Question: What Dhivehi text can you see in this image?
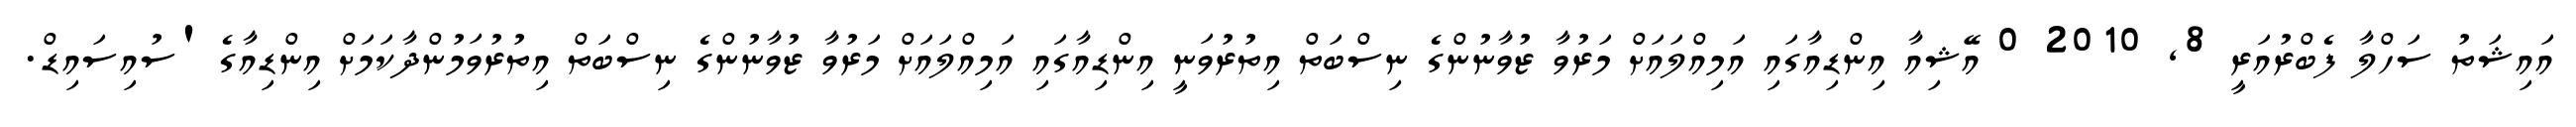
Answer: އައިޝަތު ސަހްލާ ފެބްރުއަރީ 8, 2010 0 އޭޝިއާ އިންޑިއާގައި އަމިއްލައަށް މަރުވާ ޒުވާނުންގެ ނިސްބަތް އިތުރުވަނީ އިންޑިއާގައި އަމިއްލައަށް މަރުވާ ޒުވާނުންގެ ނިސްބަތް އިތުރުވަމުންދާކަމަށް އިންޑިއާގެ 'ސުއިސައިޑް.